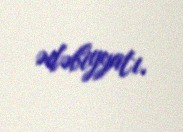
ədəbiyyatı.